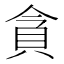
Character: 貪